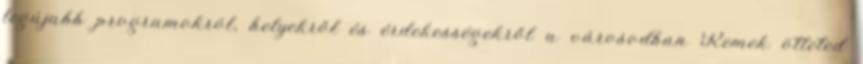
legújabb programokról, helyekről és érdekességekről a városodban Remek ötleted